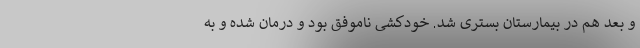
و بعد هم در بیمارستان بستری شد. خودکشی ناموفق بود و درمان شده و به